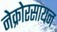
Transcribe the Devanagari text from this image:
नेक्रोरसायन